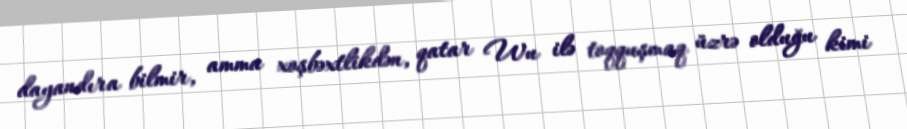
dayandıra bilmir, amma xoşbəxtlikdən, qatar Wu ilə toqquşmaq üzrə olduğu kimi